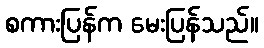
စကားပြန်က မေးပြန်သည်။